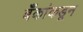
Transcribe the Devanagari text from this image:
बँकांकडून